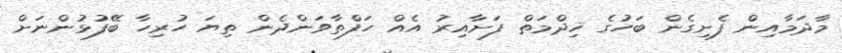
މާދަމާއިން ފެށިގެން ބަހުގެ ޚިދްމަތް ފަށާއިރު އެއް ހަފްތާވަންދެން ތިޔަ ހުރިހާ ބޭފުޅުންނަށް